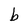
Character: b